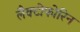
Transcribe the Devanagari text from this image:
लैक्टोफोरिन